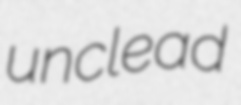
unclead